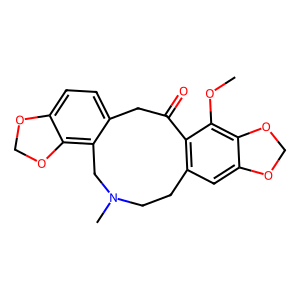
SMILES: COc1c2c(cc3c1C(=O)Cc1ccc4c(c1CN(C)CC3)OCO4)OCO2
Inhibits HIV replication: No